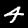
Label: 4